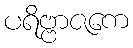
ပရိဗ္ဗာဇကေ